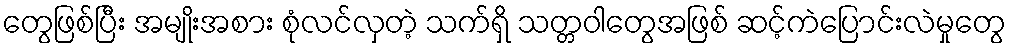
တွေဖြစ်ပြီး အမျိုးအစား စုံလင်လှတဲ့ သက်ရှိ သတ္တဝါတွေအဖြစ် ဆင့်ကဲပြောင်းလဲမှုတွေ